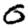
Digit: 0